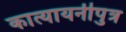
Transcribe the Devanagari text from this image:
कात्यायनीपुत्र